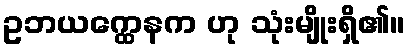
ဥဘယက္ထေနက ဟု သုံးမျိုးရှိ၏။